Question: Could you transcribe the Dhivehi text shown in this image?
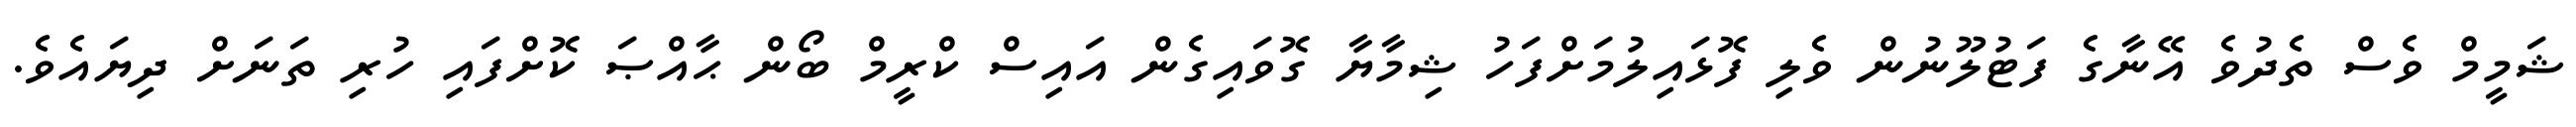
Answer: ޝަމީމް ވެސް ތެދުވެ އޭނާގެ ފަޓުލޫނުން ވެލި ފޮޅައިލުމަށްފަހު ޝިމާޔާ ގޮވައިގެން އައިސް ކްރީމް ބޯން ޙާއްޞަ ކޮށްފައި ހުރި ތަނަށް ދިޔައެވެ.